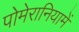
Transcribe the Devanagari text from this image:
पोमेरानियामें